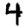
Digit: 4